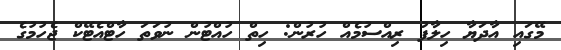
މޭގައި އާދަޔާ ހިލާފު ރިއްސުމެއް ހުރުން: ހިތް ހުއްޓުން ނުވަތަ ހާޓްއެޓޭކް ޖެހުމުގެ